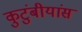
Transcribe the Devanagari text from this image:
कुटुंबीयांस